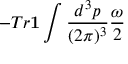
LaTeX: - T r { \bf 1 } \int \frac { d ^ { 3 } p } { ( 2 \pi ) ^ { 3 } } \frac { \omega } { 2 }